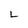
Character: L